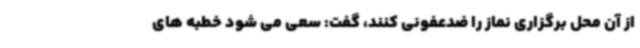
از آن محل برگزاری نماز را ضدعفونی کنند، گفت: سعی می شود خطبه های